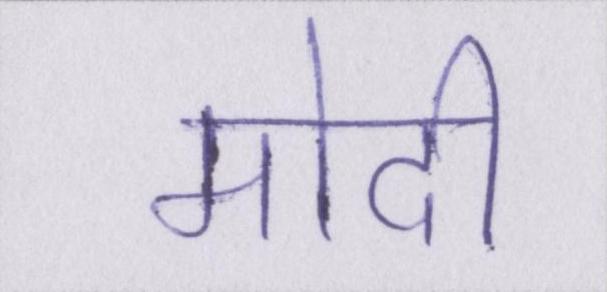
मोदी